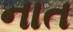
નાત